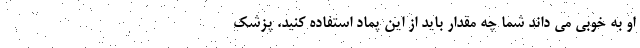
او به خوبی می داند شما چه مقدار باید از این پماد استفاده کنید. پزشک